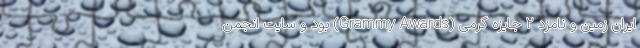
ایران زمین و نامزد ۲ جایزه گِرمی (Grammy Awards) بود و سایت انجمن